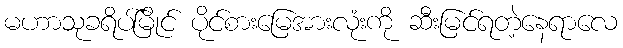
မဟာသုခရိပ်မြိုင် ပိုင်စားမြေအားလုံးကို ဆီးမြင်ရတဲ့နေရာလေ